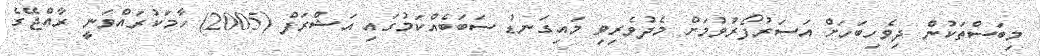
މިބަސްތަކުން ދިވެހިބަހަށް އަސަރުފޯރުވުމަށް މެދުވެރިވި މައިގަނޑު ސަބަބެއްކަމުގައި އަޝްރަފް (2005) ހާމަކުރައްވަނީ ރާއްޖޭގެ